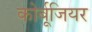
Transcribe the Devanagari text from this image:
कोर्बूजियर